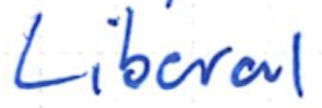
Text: Liberal
Cross-out: clean
Writing tool: ballpoint